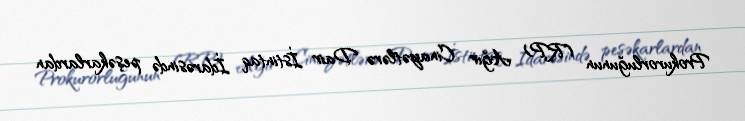
Prokurorluğunun (RP) Ağır Cinayətlərə Dair İstintaq İdarəsində peşəkarlardan